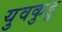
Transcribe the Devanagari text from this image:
युवकुडु